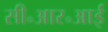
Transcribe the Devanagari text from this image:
सी॰आर॰आई